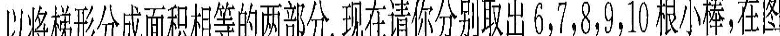
以将梯形分成面和相等的两部分,现在请你分别取6，7，8，9，10根小棒，在图